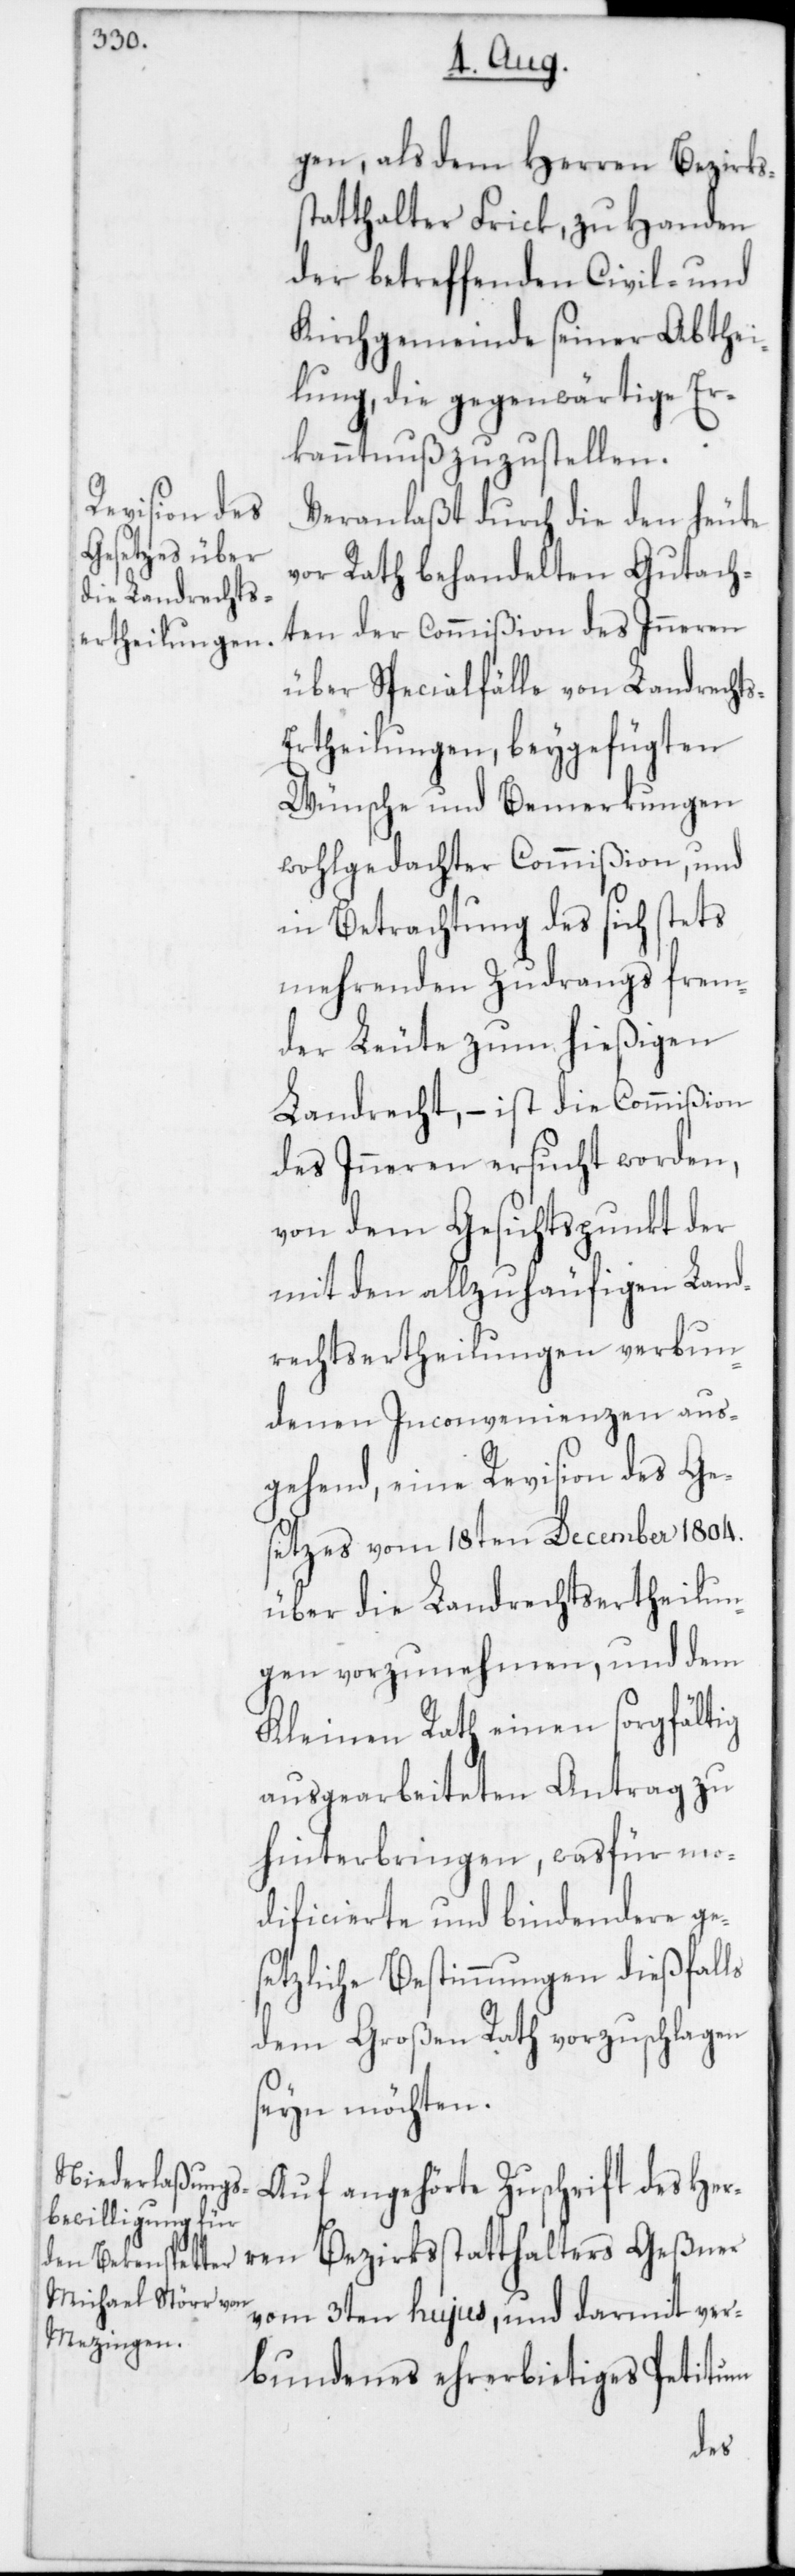
gen, als dem Herren Bezirks¬
statthalter Frick, zu Handen
der betreffenden Civil- und
Kirchgemeinde seiner Abthei¬
lung, die gegenwärtige Er¬
kanntnuß zuzustellen.
Veranlaßt durch die den heute
vor Rath behandelten Gutach¬
ten der Commißion des Inneren,
über Specialfälle von Landrecht¬
sertheilungen, beygefügten
Wünsche und Bemerkungen
wohlgedachter Commißion, und
in Betrachtung des sich stets
mehrenden Zudrangs frem¬
der Leute zum hießigen
Landrecht, – ist die Commißion
des Inneren ersucht worden,
von dem Gesichtspunkt der
mit den allzuhäufigen Land¬
rechtsertheilungen verbun¬
denen Inconvenienzen aus¬
gehend, eine Revision des Ge¬
setzes vom 18ten December 1804.
über die Landrechtsertheilun¬
gen vorzunehmen, und dem
Kleinen Rath einen sorgfältig
ausgearbeiteten Antrag zu
hinterbringen, wasfür mo¬
dificierte und bindendere ge¬
setzliche Bestimmungen dießfalls
dem Großen Rath vorzuschlagen
seyn möchten.
Auf angehörte Zuschrift des Her¬
vom 3ten hujus, und darmit ver¬
bundenes ehrerbietiges Petitum
ren